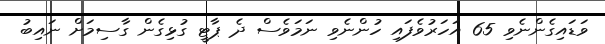
ވަޑައިގެންނެވި 65 އަހަރުވެފައި ހުންނެވި ނަމަވެސް ދެ ޕާޓީ ގުޅިގެން ގާސިމަށް ނައިބު